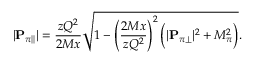
| { \bf P } _ { \pi | | } | = \frac { z Q ^ { 2 } } { 2 M x } \sqrt { 1 - \left( \frac { 2 M x } { z Q ^ { 2 } } \right) ^ { 2 } \Big ( | { \bf P } _ { \pi \perp } | ^ { 2 } + M _ { \pi } ^ { 2 } \Big ) } .